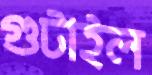
গুটাইল